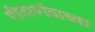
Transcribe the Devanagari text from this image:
गीतार्णवाच्या